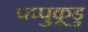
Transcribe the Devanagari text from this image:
पप्पुकूडु